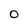
Character: 0